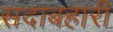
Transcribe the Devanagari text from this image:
सदाबहारी